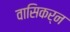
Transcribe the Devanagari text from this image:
वासिकर्न